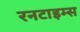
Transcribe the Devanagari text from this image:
रनटाइम्स